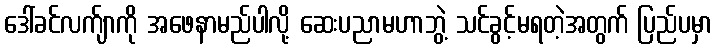
ဒေါ်ခင်လက်ျာကို အဖေနာမည်ပါလို့ ဆေးပညာမဟာဘွဲ့ သင်ခွင့်မရတဲ့အတွက် ပြည်ပမှာ